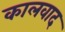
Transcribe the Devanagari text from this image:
कालवाद